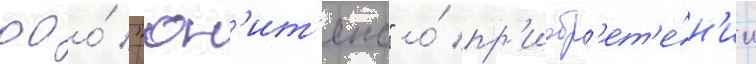
ооо́ "юн'ит'екс" о́ пр'иобр'ет'е́н'ии